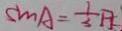
\sin A = \frac { 1 } { 3 } A